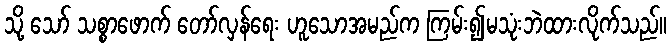
သို့ သော် သစ္စာဖောက် တော်လှန်ရေး ဟူသောအမည်က ကြမ်း၍မသုံးဘဲထားလိုက်သည်။